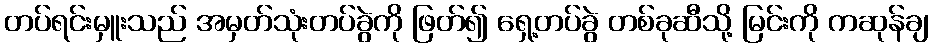
တပ်ရင်းမှူးသည် အမှတ်သုံးတပ်ခွဲကို ဖြတ်၍ ရှေ့တပ်ခွဲ တစ်ခုဆီသို့ မြင်းကို ကဆုန်ချ